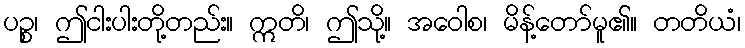
ပဉ္စ၊ ဤငါးပါးတို့တည်း။ ဣတိ၊ ဤသို့။ အဝေါစ၊ မိန့်တော်မူ၏။ တတိယံ၊